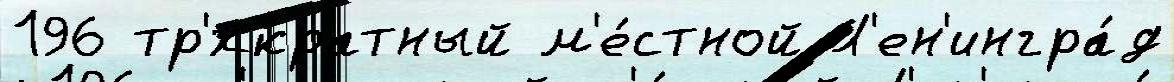
196 тр'́хкратный м'е́стной Л'ен'ингра́д